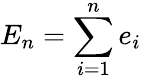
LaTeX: E_{n}=\sum_{i=1}^{n}e_{i}